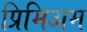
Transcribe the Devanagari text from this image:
प्रिमिअम